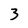
Character: 3